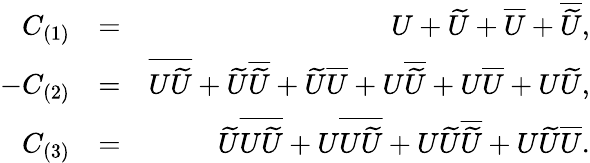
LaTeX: \begin{array}{rlr}{C_{(1)}}&{=}&{U+\widetilde{U}+\overline{{U}}+\overline{{\widetilde{U}}},}\\ {-C_{(2)}}&{=}&{\overline{{U\widetilde{U}}}+\widetilde{U}\overline{{\widetilde{U}}}+\widetilde{U}\overline{{U}}+U\overline{{\widetilde{U}}}+U\overline{{U}}+U\widetilde{U},}\\ {C_{(3)}}&{=}&{\widetilde{U}\overline{{U\widetilde{U}}}+U\overline{{U\widetilde{U}}}+U\widetilde{U}\overline{{\widetilde{U}}}+U\widetilde{U}\overline{{U}}.}\end{array}